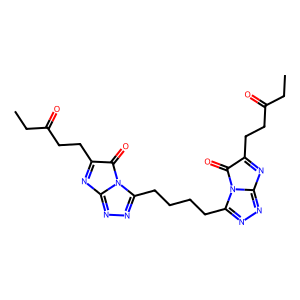
SMILES: CCC(=O)CCC1=Nc2nnc(CCCCc3nnc4n3C(=O)C(CCC(=O)CC)=N4)n2C1=O
Inhibits HIV replication: Yes